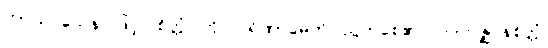
ကာယဝသေန၊ ဖြင့်။ စိတ္တံ၊ ကို။ ပရိဏာမေတိ၊ ညွတ်စေ၏။ ပါဒကဇ္ဈာနစိတ္တံ၊